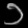
Digit: ၁